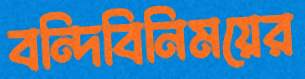
বন্দিবিনিময়ের